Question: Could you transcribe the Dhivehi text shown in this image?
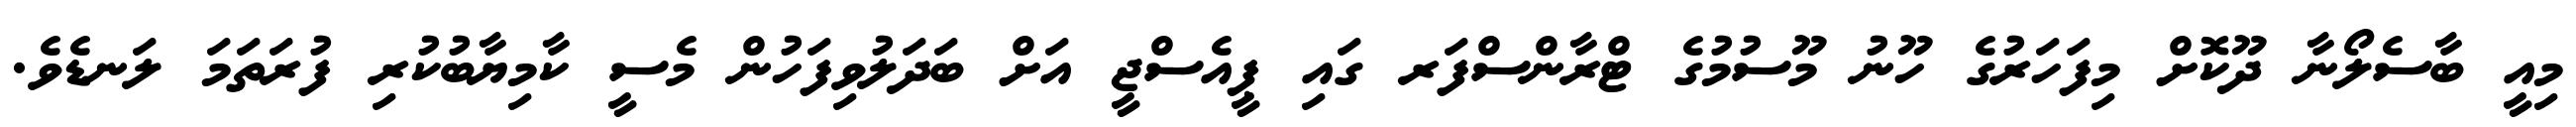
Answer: މިއީ ބާސެލޯނާ ދޫކޮށް މިފަހަރުގެ ހޫނު މޫސުމުގެ ޓްރާންސްފަރ ގައި ޕީއެސްޖީ އަށް ބަދަލުވިފަހުން މެސީ ކާމިޔާބުކުރި ފުރަތަމަ ލަނޑެވެ.